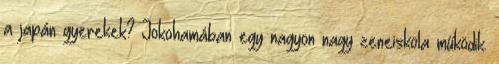
a japán gyerekek? Jokohamában egy nagyon nagy zeneiskola működik.